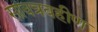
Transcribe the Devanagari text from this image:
सावत्रबहीण